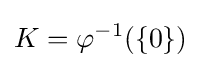
K=\varphi ^{-1}(\{0\})